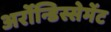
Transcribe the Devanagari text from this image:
अर्रोन्डिस्सेमेंट